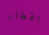
بقطار